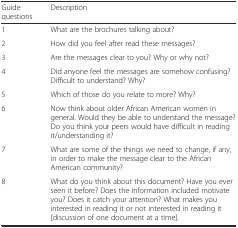
<table><thead><tr><td><b>Guide questions</b></td><td><b>Description</b></td></tr></thead><tbody><tr><td>1</td><td>What are the brochures talking about?</td></tr><tr><td>2</td><td>How did you feel after read these messages?</td></tr><tr><td>3</td><td>Are the messages clear to you? Why or why not?</td></tr><tr><td>4</td><td>Did anyone feel the messages are somehow confusing? Difficult to understand? Why?</td></tr><tr><td>5</td><td>Which of those do you relate to more? Why?</td></tr><tr><td>6</td><td>Now think about older African American women in general. Would they be able to understand the message? Do you think your peers would have difficult in reading it/understanding it?</td></tr><tr><td>7</td><td>What are some of the things we need to change, if any, in order to make the message clear to the African American community?</td></tr><tr><td>8</td><td>What do you think about this document? Have you ever seen it before? Does the information included motivate you? Does it catch your attention? What makes you interested in reading it or not interested in reading it [discussion of one document at a time].</td></tr></tbody></table>